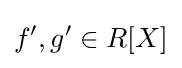
f',g'\in R[X]